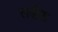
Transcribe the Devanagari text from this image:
सडेक